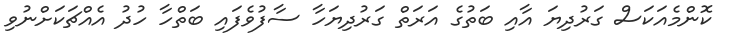
ކޮންމެއަކަސް ގަރުދިޔަ އާއި ބަތުގެ އަރަތް ގަރުދިޔަހާ ސާފުވެފައި ބަތްހާ ހުދު އެއްޗަކަށްނުވި